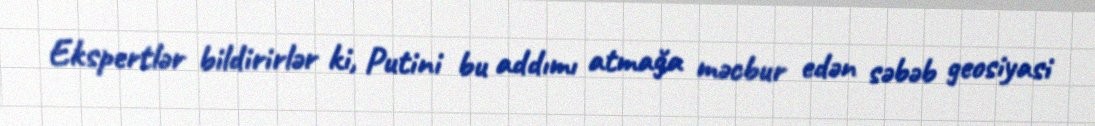
Ekspertlər bildirirlər ki, Putini bu addımı atmağa məcbur edən səbəb geosiyasi